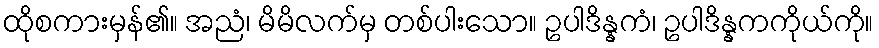
ထိုစကားမှန်၏။ အညံ၊ မိမိလက်မှ တစ်ပါးသော။ ဥပါဒိန္နကံ၊ ဥပါဒိန္နကကိုယ်ကို။